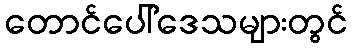
တောင်ပေါ်ဒေသများတွင်